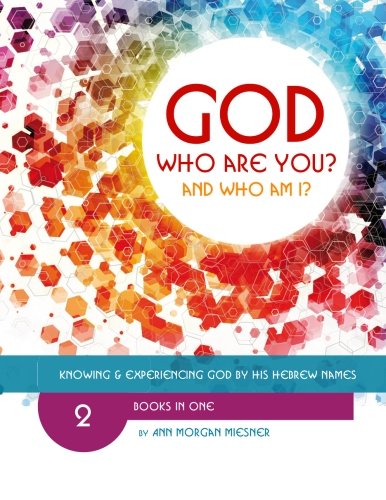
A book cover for GOD Who Are You? AND Who Am I?: Know and Experience God by His Hebrew Names; Ann Morgan Miesner; Parenting & Relationships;